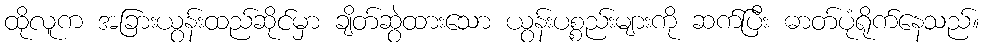
ထိုလူက အခြားယွန်းထည်ဆိုင်မှာ ချိတ်ဆွဲထားသော ယွန်းပစ္စည်းများကို ဆက်ပြီး ဓာတ်ပုံရိုက်နေသည်။